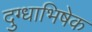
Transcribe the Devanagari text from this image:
दुग्‍धाभिषेक